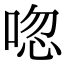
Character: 唿